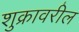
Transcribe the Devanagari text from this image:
शुक्रावरील